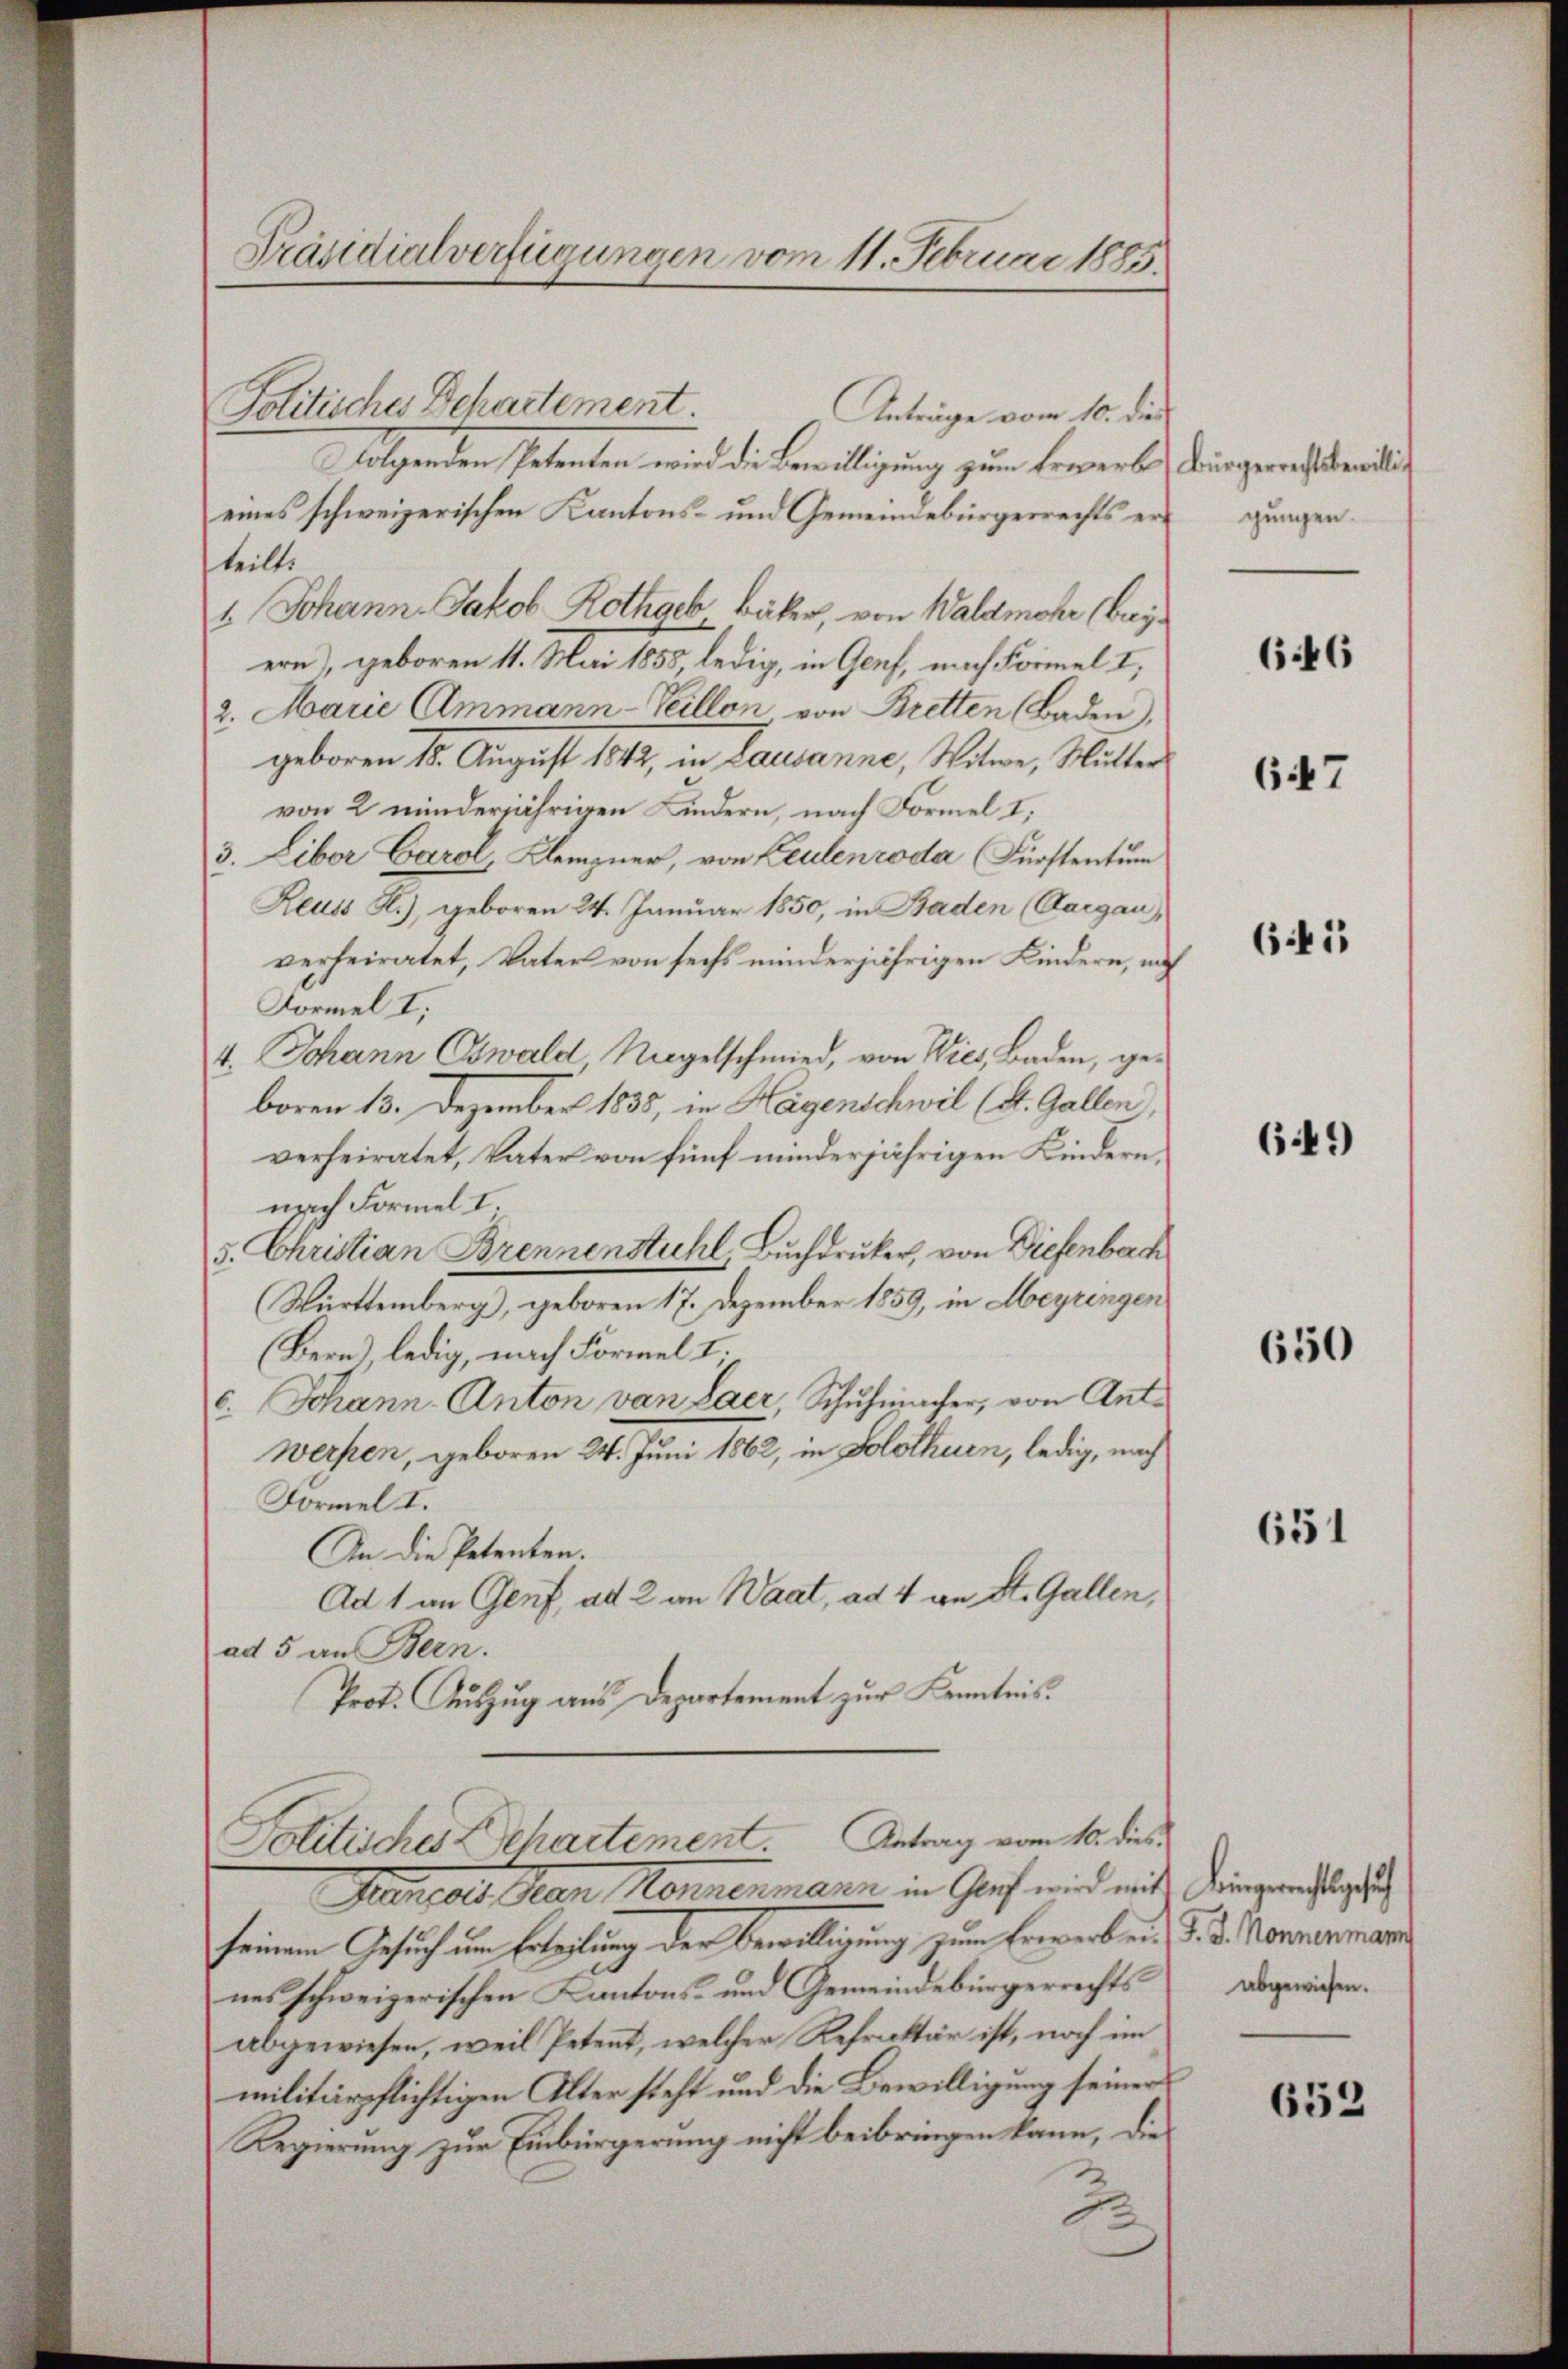
Präsidialverfügungen vom 11. Februar 1885.

Politisches Departement.
Anträge vom 10. die
folgenden Petenten wird die Bewilligung zum Erwerbs
eines schweizerischen Kantons- und Gemeindebürgerrechts erteilt.
1. Johann Jakob Rothaeb Bäker, von Waldmohr (beyern), geboren 11. Mai 1855, ledig, in Genf, nach Kommel I
2. Marie Ammann-Veillon von Bretten Baden),
geboren 15. August 1842, in Lausanne, Witwe, Mutter
von 2 minderjährigen Kindern, nach Formel I,
3. Libor Carol, Klempner, von Leulenroda Fürstentum
Reuss R.), geboren 24. Januar 1850, in Baden (Aargau,
verheiratet, Vater von sechs minderjährigen Kindern, nach
Formel I,
4. Johann Oswald Nagelschmied, von Wies, Baden, ge-
boren 13. Dezember 1835, in Hagenschwil (St. Gallen),
verheiratet, Vater von fünf minderjährigen Kindern
nach Formel I.
5. Christian Brennenstuhl, Buchdrucker, von Diefenbach
Württemberg), geboren 17. Dezember 1859, in Meyringen
(Bern) ledig, nach Formel I
c. Johann-Anton von Laer Schuhmacher, von Ant¬
Werpen, geboren 24. Juni 1862, in Solothurn, ledig, nach
Formel I.
An die Petenten.
Ad 1 an Genf, ad 2 an Waat, ad 4 an St. Gallen,
ad 5 an Bern.
Prot. Auszug aus Departement zur Kenntnis.
Politisches Echartement. Antrag vom 10. dies
Gersals San Mannenmann in Graf wird mit Dingerechtsgeset
seinem Gesuch um Erteilung der Bewilligung zum Erwerbei, d. 3. Nonnenmann
nes schweizerischen Kantons- und Gemeindebürgerrechts
abgewiesen, weil Petent, welcher Refraktär ist, noch im
militärpflichtigen Alter steht und die Bewilligung seiner
Regierung zur Einbürgerung nicht beibringen kann, die
2

Bürgerrechtsbewillig
gungen.

646

647

641

649)

650

651

abgewiesen.

653